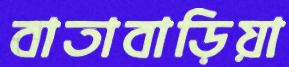
বাতাবাড়িয়া